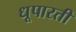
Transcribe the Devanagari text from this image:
धूपारती